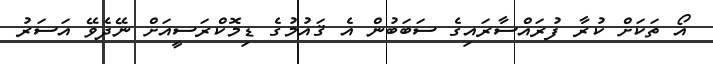
އޯ ތަކަށް ކުރާ ފުރައްސާރައިގެ ސަބަބުން އެ ޤައުމުގެ ޑިމޮކްރަސީއަށް ނޭދެވޭ އަސަރު